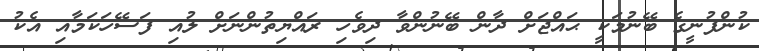
ކުންފުނީގެ ބޭނުމަކީ ޙައްޖަށް ދާން ބޭނުންވާ ދިވެހި ރައްޔިތުންނަށް ލުއި ފަސޭހަކަމާއި އެކު